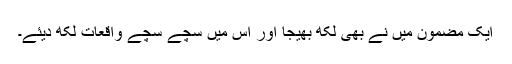
ایک مضمون میں نے بھی لکھ بھیجا اور اس میں سچے سچے واقعات لکھ دیئے۔